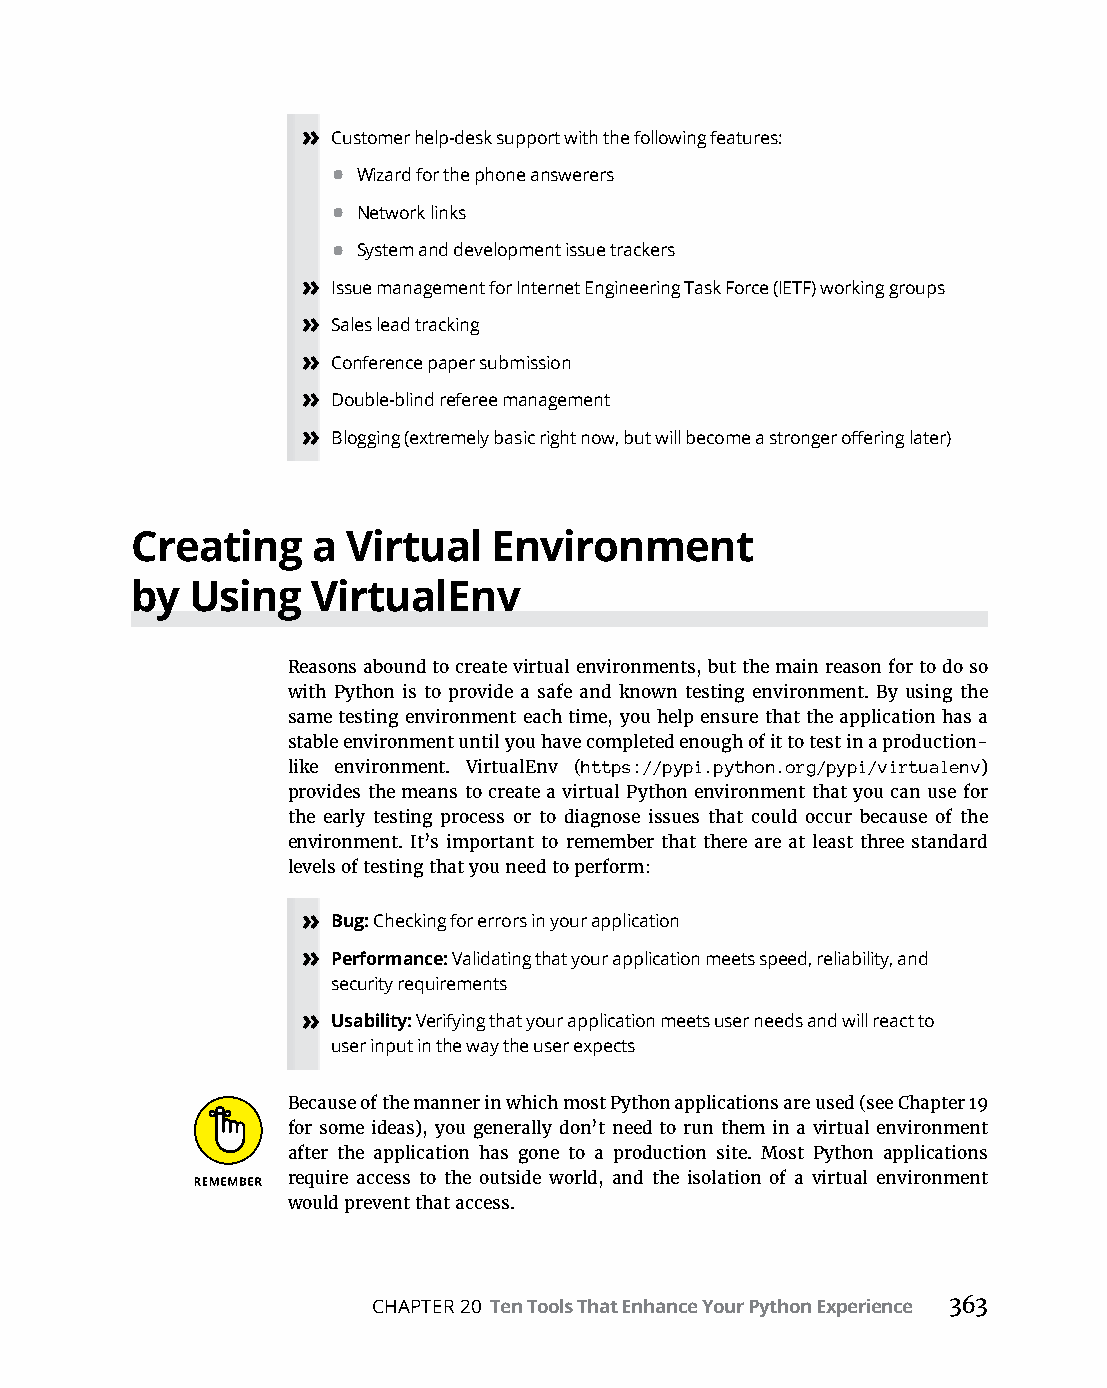
» Customer help-desk support with the following features:
 • Wizard for the phone answerers
 • Network links
 • System and development issue trackers
 » Issue management for Internet Engineering Task Force (IETF) working groups
 » Sales lead tracking
 » Conference paper submission
 » Double-blind referee management
 » Blogging (extremely basic right now, but will become a stronger offering later)
 Creating    a Virtual   Environment
 by  Using   VirtualEnv
 Reasons abound to create virtual environments, but the main reason for to do so
 with Python is to provide a safe and known testing environment. By using the
 same testing environment each time, you help ensure that the application has a
 stable environment until you have completed enough of it to test in a production-
 like environment. VirtualEnv (https://pypi.python.org/pypi/virtualenv)
 provides the means to create a virtual Python environment that you can use for
 the early testing process or to diagnose issues that could occur because of the
 environment. It’s important to remember that there are at least three standard
 levels of testing that you need to perform:
 » Bug: Checking for errors in your application
 » Performance: Validating that your application meets speed, reliability, and
 security requirements
 » Usability: Verifying that your application meets user needs and will react to
 user input in the way the user expects
 Because of the manner in which most Python applications are used (see Chapter 19
 for some ideas), you generally don’t need to run them in a virtual environment
 after the application has gone to a production site. Most Python applications
 require access to the outside world, and the isolation of a virtual environment
 would prevent that access.
 CHAPTER 20 Ten Tools That Enhance Your Python Experience 363